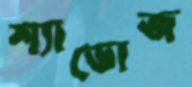
শ্যাডোজ